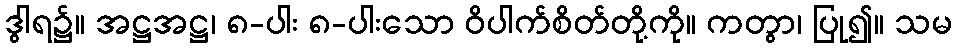
ဒွါရ၌။ အဋ္ဌအဋ္ဌ၊ ၈-ပါး ၈-ပါးသော ဝိပါက်စိတ်တို့ကို။ ကတွာ၊ ပြု၍။ သမ